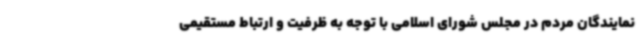
نمایندگان مردم در مجلس شورای اسلامی با توجه به ظرفیت و ارتباط مستقیمی